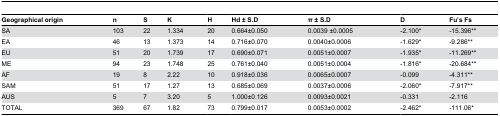
<table><thead><tr><td><b>Geographical origin</b></td><td><b>n</b></td><td><b>S</b></td><td><b>K</b></td><td><b>H</b></td><td><b>Hd ± S.D</b></td><td><b>π ± S.D</b></td><td><b>D</b></td><td><b>Fu’s Fs</b></td></tr></thead><tbody><tr><td>SA</td><td>103</td><td>22</td><td>1.334</td><td>20</td><td>0.664±0.050</td><td>0.0039 ±0.0005</td><td>-2.100*</td><td>-15.396**</td></tr><tr><td>EA</td><td>46</td><td>13</td><td>1.373</td><td>14</td><td>0.716±0.070</td><td>0.0040±0.0006</td><td>-1.629*</td><td>-9.286**</td></tr><tr><td>EU</td><td>51</td><td>20</td><td>1.739</td><td>17</td><td>0.690±0.071</td><td>0.0051±0.0007</td><td>-1.935*</td><td>-11.269**</td></tr><tr><td>ME</td><td>94</td><td>23</td><td>1.748</td><td>25</td><td>0.761±0.040</td><td>0.0051±0.0004</td><td>-1.816*</td><td>-20.684**</td></tr><tr><td>AF</td><td>19</td><td>8</td><td>2.22</td><td>10</td><td>0.918±0.036</td><td>0.0065±0.0007</td><td>-0.099</td><td>-4.311**</td></tr><tr><td>SAM</td><td>51</td><td>17</td><td>1.27</td><td>13</td><td>0.685±0.069</td><td>0.0037±0.0006</td><td>-2.060*</td><td>-7.917**</td></tr><tr><td>AUS</td><td>5</td><td>7</td><td>3.20</td><td>5</td><td>1.000±0.126</td><td>0.0093±0.0021</td><td>-0.331</td><td>-2.116</td></tr><tr><td>TOTAL</td><td>369</td><td>67</td><td>1.82</td><td>73</td><td>0.799±0.017</td><td>0.0053±0.0002</td><td>-2.462*</td><td>-111.06*</td></tr></tbody></table>